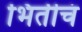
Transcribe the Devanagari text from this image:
भितीचं